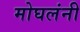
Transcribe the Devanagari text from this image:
मोघलंनी